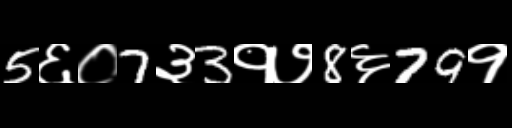
Text: 5६०7३3१७8६79१